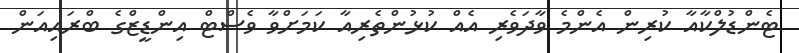
ޓެންޑުލްކާއާ ކުރިން އެންމެ ވާދަވެރި އެއް ކުޅުންތެރިއާ ކަމަށްވާ ވެސްޓް އިންޑީޒްގެ ބްރައިއަން